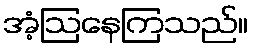
အံ့ဩနေကြသည်။